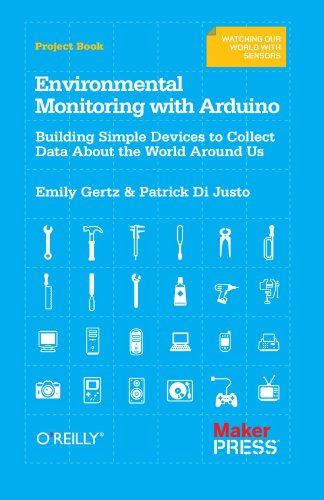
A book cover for Environmental Monitoring with Arduino: Building Simple Devices to Collect Data About the World Around Us; Emily Gertz; Computers & Technology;